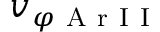
v _ { \varphi \mathrm { ~ A ~ r ~ I ~ I ~ } }